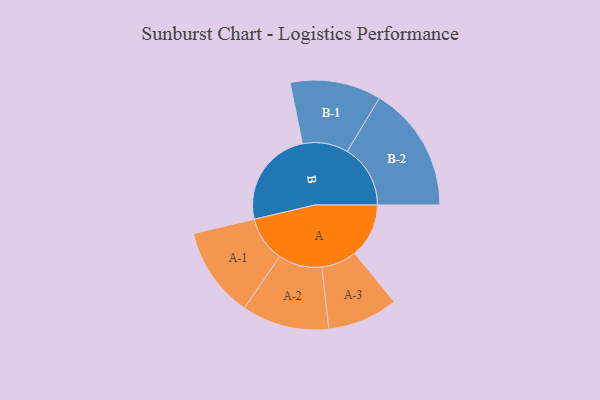
{"axis": {"x": "Segment", "y": "Value"}, "legend": ["", "A", "B"], "data": [{"x": "A", "y": 220, "type": ""}, {"x": "B", "y": 398, "type": ""}, {"x": "A-1", "y": 184, "type": "A"}, {"x": "A-2", "y": 177, "type": "A"}, {"x": "A-3", "y": 143, "type": "A"}, {"x": "B-1", "y": 185, "type": "B"}, {"x": "B-2", "y": 256, "type": "B"}]}